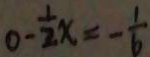
0 - \frac { 1 } { 2 } x = - \frac { 1 } { 6 }